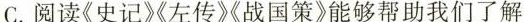
C.阅读《史记》左传》战国策》能够帮助我们了解